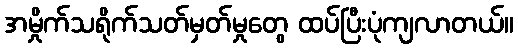
အမှိုက်သရိုက်သတ်မှတ်မှုတွေ ထပ်ပြီးပုံကျလာတယ်။